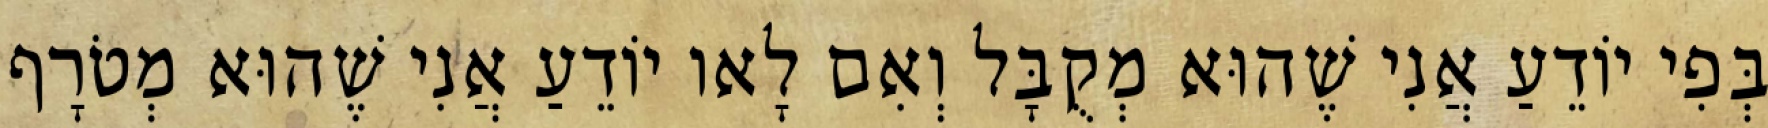
בְּפִי יוֹדֵעַ אֲנִי שֶׁהוּא מְקֻבָּל וְאִם לָאו יוֹדֵעַ אֲנִי שֶׁהוּא מְטֹרָף